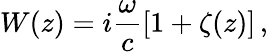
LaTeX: W(z)=i\frac{\omega}{c}\left[1+\zeta(z)\right]\, ,